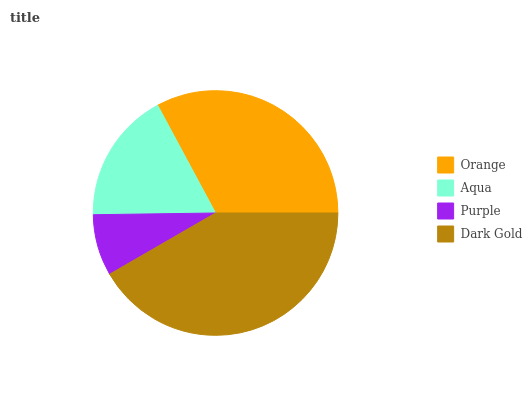
| Orange | Aqua | Purple | Dark Gold |
 | --- | --- | --- | --- |
 | 32.8% | 17.4% | 8.12% | 41.7% |